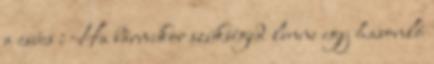
a csúcs : Ha bármikor szükséged lenne egy hasonló